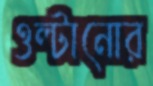
ওল্টানোর